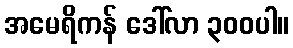
အမေရိကန် ဒေါ်လာ ၃၀၀ပါ။